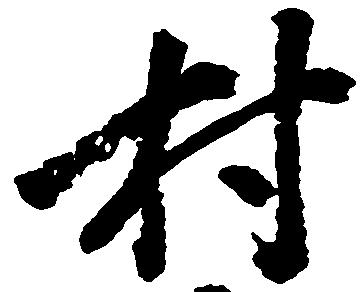
村